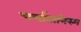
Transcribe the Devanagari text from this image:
चर्लातानिस्म